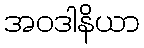
အဝဒါနိယာ